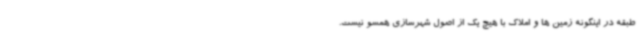
طبقه در اینگونه زمین ها و املاک با هیچ یک از اصول شهرسازی همسو نیست.